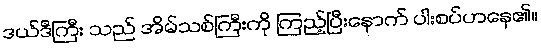
ဒယ်ဒီကြီး သည် အိမ်သစ်ကြီးကို ကြည့်ပြီးနောက် ပါးစပ်ဟနေ၏။